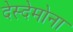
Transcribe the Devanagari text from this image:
देस्देमोना